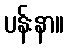
ပန်းနာ။